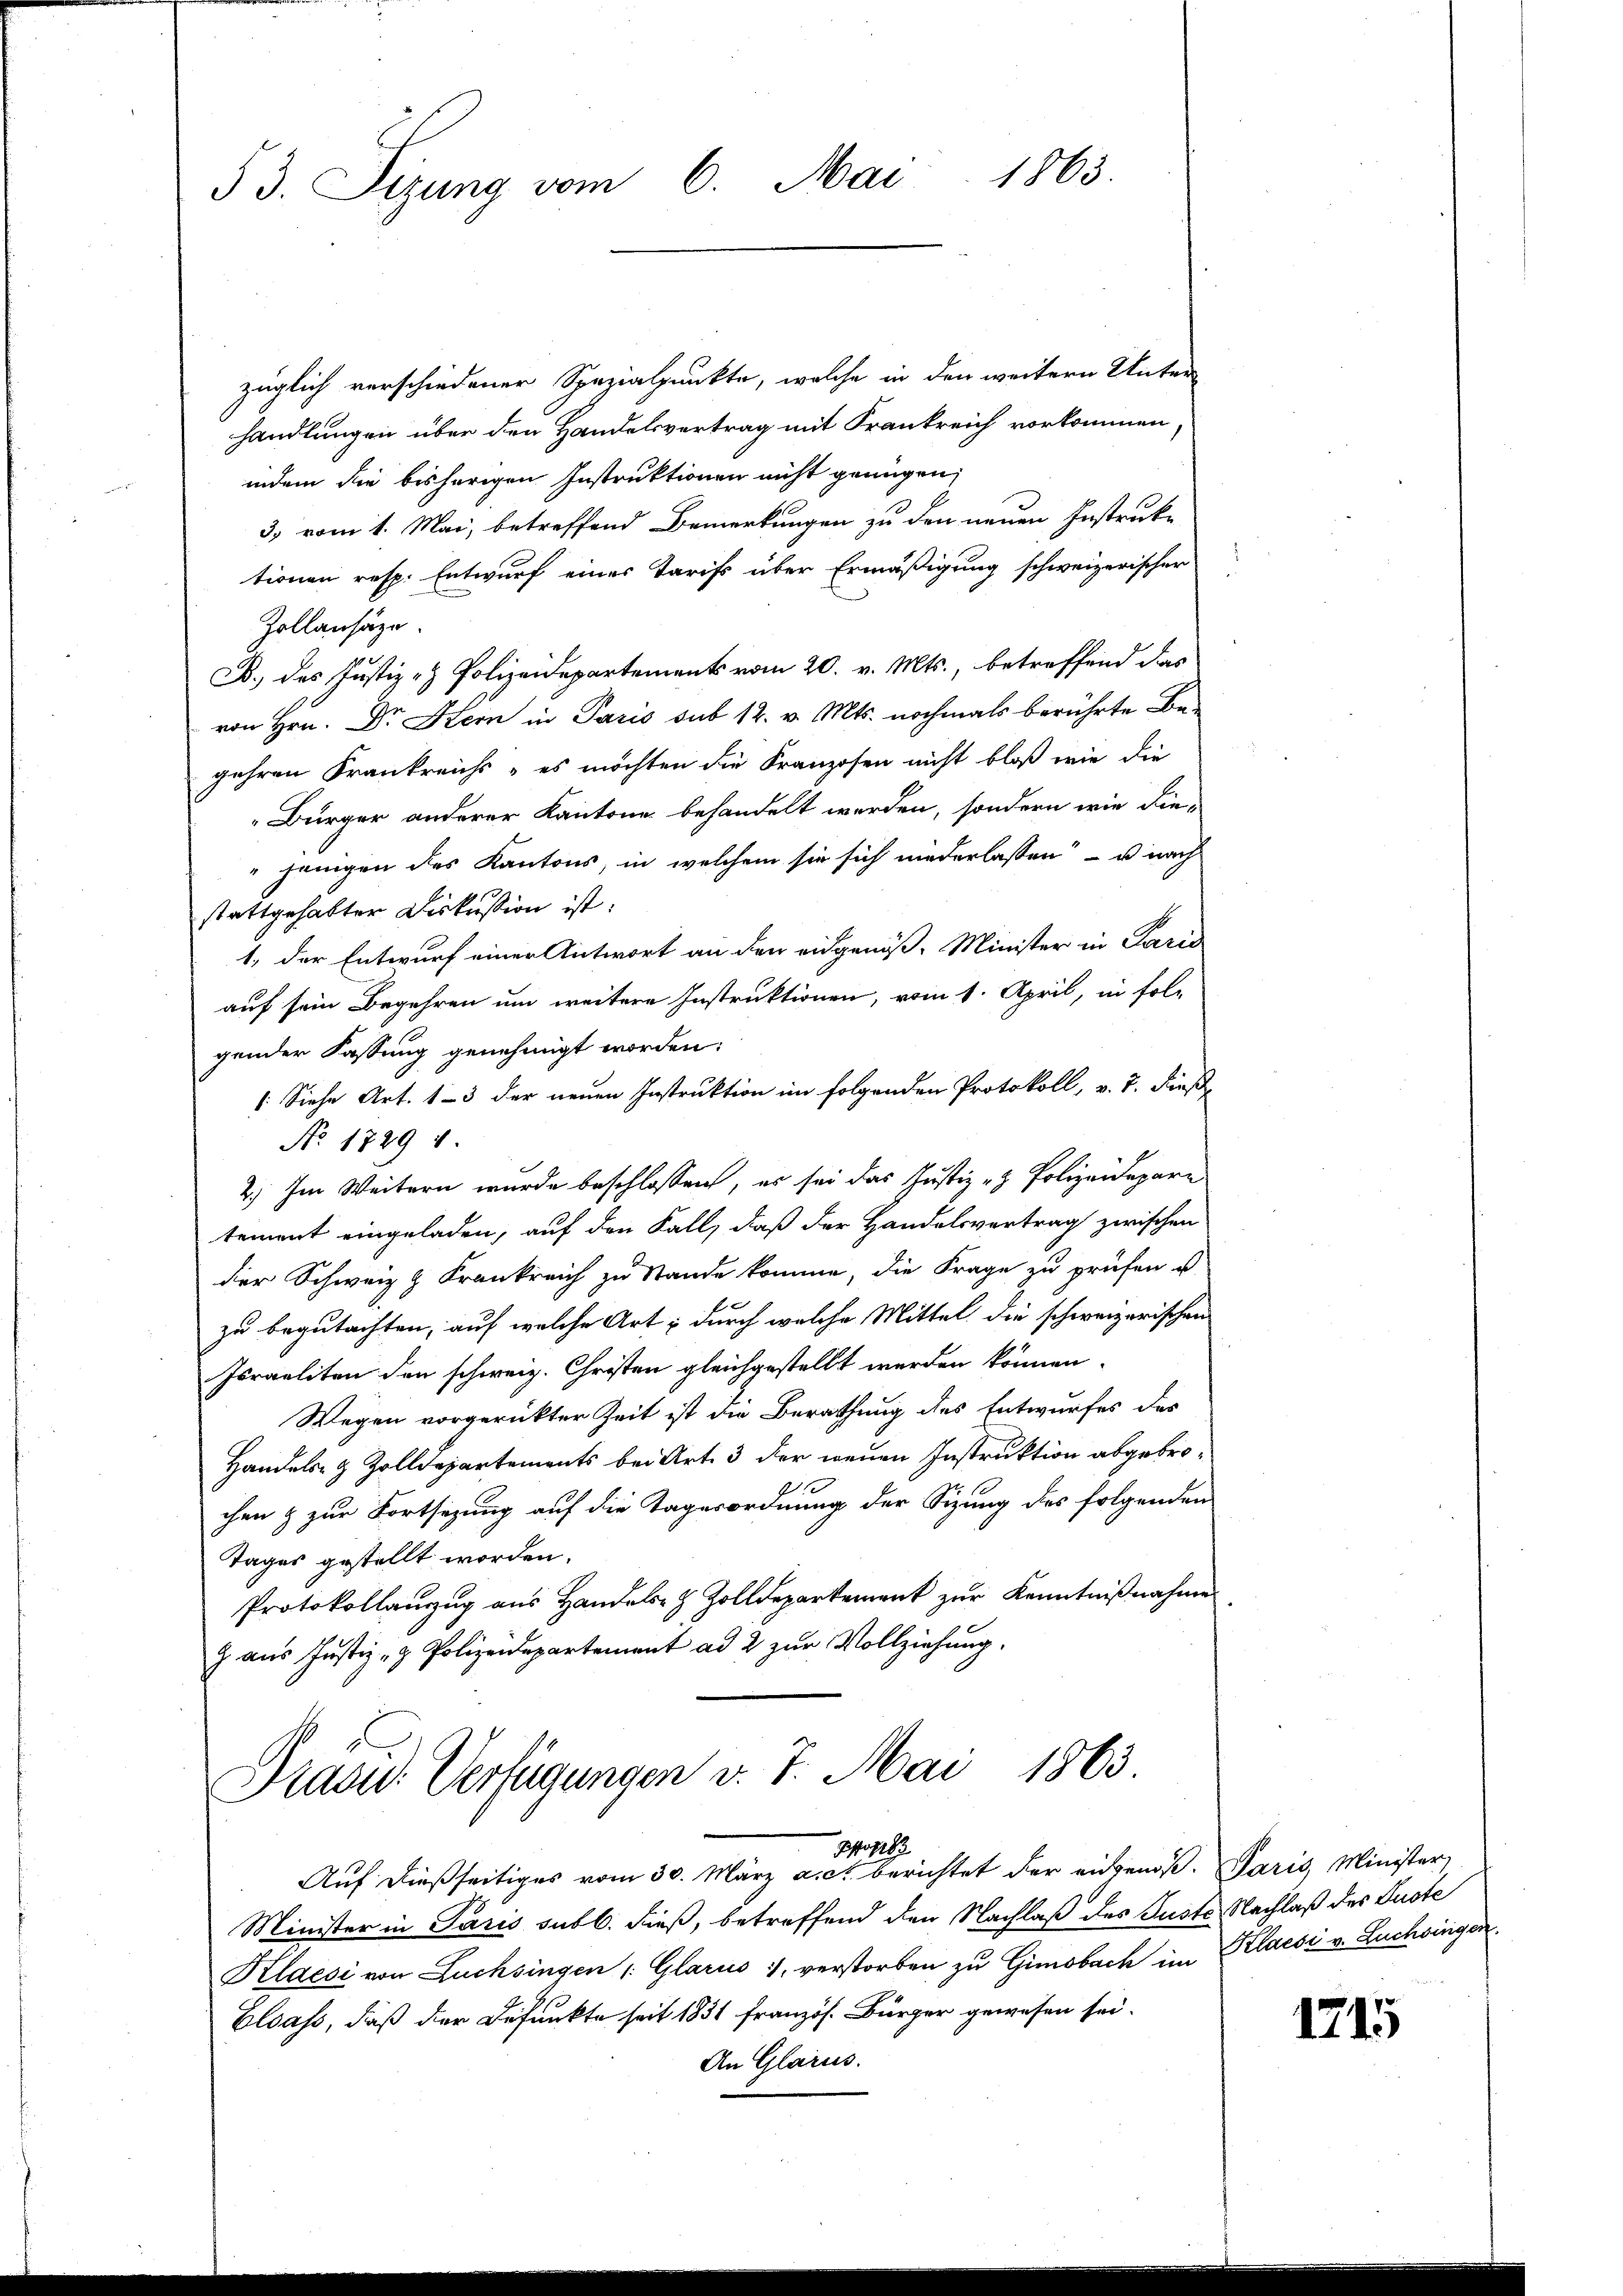
1865
53. Sizung vom 6. Mai

züglich verschiedener Spezialpunkte, welche in den weitern Unter-
handlungen über den Handelsvertrag mit Frankreich vorkommen,
indem die bisherigen Instruktionen nicht genügen,
3. vom 1. Mai, betreffend Bemerkungen zu den neuen Instruke
tionen resp. Entwurf eines Tarifs über Ermäßigung schweizerischer
Zollansäze.
B., das Justiz- & Polizeidepartements vom 20. v. Mts., betreffend das
von Hrn. Dr Stern in Paris sub 12. v. Mts. nochmals berührte Be-
gehren Krankreichs - es möchten die Franzosen nicht bloß wie die
Bürger anderer Kantone behandelt werden, sondern wie die-
"jenigen des Kantons, in welchem sie sich niederlassen - u. nach
stattgehabter Diskussion ist:
1, der Entwurf einer Antwort an den eidgenöß- Minister in Paris
auf sein Begehren um weitere Instruktionen, vom 1. April, in fol-
gender Fassung genehmigt worden:
/. Siehe Art. 13 der neuen Instruktion im folgenden Protokoll, v. 7. dieß
No. 1729 v.
2) Im Weitern wurde beschlossen, es sei das Justiz- & Polizeidepari
tement eingeladen, auf den Fall, daß der Handelsvertrag zwischen
der Schweiz & Frankreich zu Stande komme, die Frage zu prüfen u
zu begutachten, auf welche Art; durch welche Mittel die schweizerischen
Israeliten den schweiz. Christen gleichgestellt werden können.
Wegen vorgerückter Zeit ist die Berathung des Entwurfes des
Handels- & Zolldepartements bei Art. 3 der neuen Instruktion abgebrochen & zur Fortsetzung auf die Tagesordnung der Sitzung des folgenden
Tages gestellt worden.
Protokollanzug aus Handels- & Zolldepartement zur Kenntnißnahme
G aus Justiz- & Polizeidepartement ad 2 zur Vollziehung.

Präsid. Verfügungen v. 7. Mai 1863.
Busse

Auf dießseitiges vom 30. März a. c. berichtet der eidgenos. Paris Minister,
Minister in Paris subl. dieß, betreffend den Nachlaß des Guste Nachlaß des Suste
Klaesi von Luchsingen 1: Glarus 1, verstorben zu Gimobach im Klaesi v. Luchingen.
Elsass, daß der Befunkte seit 1831 französ. Bürger gewesen sei.
An Glarus.

1715